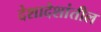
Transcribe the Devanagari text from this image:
देशादेशांतील